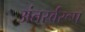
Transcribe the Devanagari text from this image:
अंतर्स्वरूप